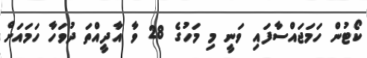
ކޯޓުން ހަމަޖައްސާފައި ވަނީ މި މަހުގެ 28 ވާ އާދީއްތަ ދުވަހާ ހަމައަށް